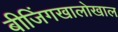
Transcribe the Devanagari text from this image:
बीजिंगखालोखाल